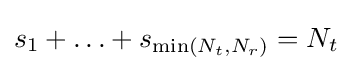
s_{1}+\ldots +s_{\min(N_{t},N_{r})}=N_{t}